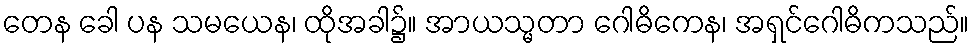
တေန ခေါ ပန သမယေန၊ ထိုအခါ၌။ အာယသ္မတာ ဂေါဓိကေန၊ အရှင်ဂေါဓိကသည်။